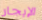
الإيجار